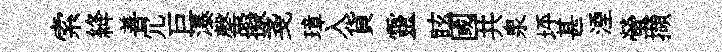
索絳善冗巨瀑罄擬戔璋入貨靈眩國共泉坪甚湮螢擷